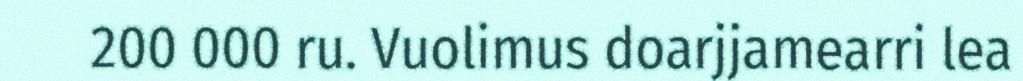
200 000 ru. Vuolimus doarjjamearri lea